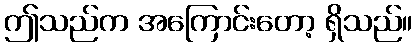
ဤသည်က အကြောင်းတော့ ရှိသည်။